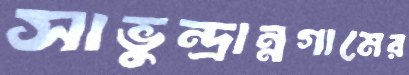
সাভুন্দ্রান্নগামের